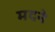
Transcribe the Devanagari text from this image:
मदने